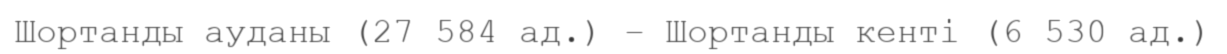
Шортанды ауданы (27 584 ад.) – Шортанды кенті (6 530 ад.)